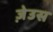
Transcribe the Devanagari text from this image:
ज़ेउस